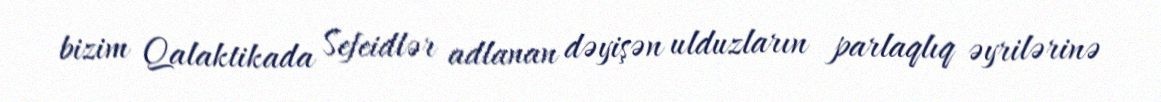
bizim Qalaktikada Sefeidlər adlanan dəyişən ulduzların parlaqlıq əyrilərinə